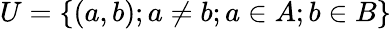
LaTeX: U=\{ (a,b);a\neq b;a\in A;b\in B\}